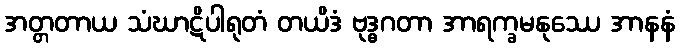
အတ္တတာယ သံဃာဋိပါရုတံ တယိဒံ ဗုဒ္ဓဂတာ အာရက္ခမနုဿေ အာနနံ